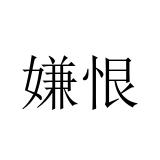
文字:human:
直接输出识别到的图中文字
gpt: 嫌恨